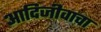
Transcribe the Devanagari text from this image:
आदिजीवाचा